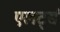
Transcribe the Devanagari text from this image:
एलर्ट्स